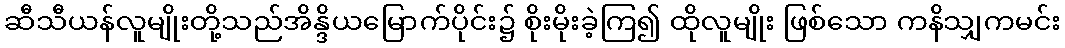
ဆီသီယန်လူမျိုးတို့သည်အိန္ဒိယမြောက်ပိုင်း၌ စိုးမိုးခဲ့ကြ၍ ထိုလူမျိုး ဖြစ်သော ကနိသျှကမင်း